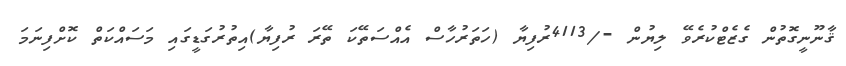
ޤާނޫނީގޮތުން ގެޒެޓްކުރެވޭ ލިޔުން -/4113ރުފިޔާ (ހަތަރުހާސް އެއްސަތޭކަ ތޭރަ ރުފިޔާ)އިތުރުގަޑީގައި މަސައްކަތް ކޮށްފިނަމަ